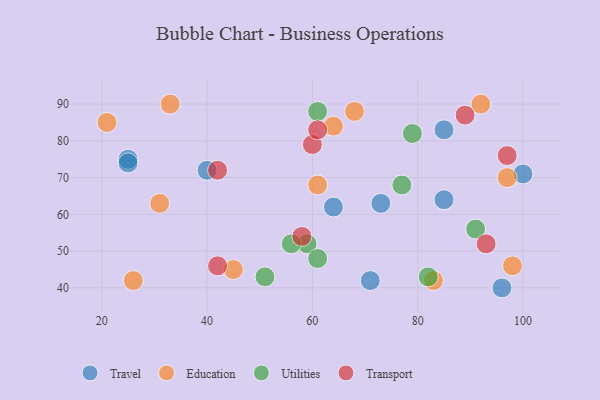
{"axis": {"x": "GDP", "y": "Life Expectancy"}, "legend": ["Education", "Transport", "Travel", "Utilities"], "data": [{"x": "85", "y": 64, "type": "Travel"}, {"x": "40", "y": 72, "type": "Travel"}, {"x": "25", "y": 75, "type": "Travel"}, {"x": "64", "y": 62, "type": "Travel"}, {"x": "100", "y": 71, "type": "Travel"}, {"x": "25", "y": 74, "type": "Travel"}, {"x": "96", "y": 40, "type": "Travel"}, {"x": "73", "y": 63, "type": "Travel"}, {"x": "71", "y": 42, "type": "Travel"}, {"x": "85", "y": 83, "type": "Travel"}, {"x": "83", "y": 42, "type": "Education"}, {"x": "45", "y": 45, "type": "Education"}, {"x": "92", "y": 90, "type": "Education"}, {"x": "21", "y": 85, "type": "Education"}, {"x": "31", "y": 63, "type": "Education"}, {"x": "97", "y": 70, "type": "Education"}, {"x": "98", "y": 46, "type": "Education"}, {"x": "68", "y": 88, "type": "Education"}, {"x": "61", "y": 68, "type": "Education"}, {"x": "33", "y": 90, "type": "Education"}, {"x": "64", "y": 84, "type": "Education"}, {"x": "26", "y": 42, "type": "Education"}, {"x": "51", "y": 43, "type": "Utilities"}, {"x": "79", "y": 82, "type": "Utilities"}, {"x": "77", "y": 68, "type": "Utilities"}, {"x": "82", "y": 43, "type": "Utilities"}, {"x": "61", "y": 88, "type": "Utilities"}, {"x": "59", "y": 52, "type": "Utilities"}, {"x": "56", "y": 52, "type": "Utilities"}, {"x": "61", "y": 48, "type": "Utilities"}, {"x": "91", "y": 56, "type": "Utilities"}, {"x": "89", "y": 87, "type": "Transport"}, {"x": "93", "y": 52, "type": "Transport"}, {"x": "60", "y": 79, "type": "Transport"}, {"x": "42", "y": 72, "type": "Transport"}, {"x": "42", "y": 46, "type": "Transport"}, {"x": "58", "y": 54, "type": "Transport"}, {"x": "61", "y": 83, "type": "Transport"}, {"x": "97", "y": 76, "type": "Transport"}]}